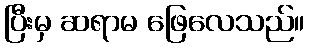
ပြီးမှ ဆရာမ ဖြေလေသည်။